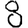
Digit: 8